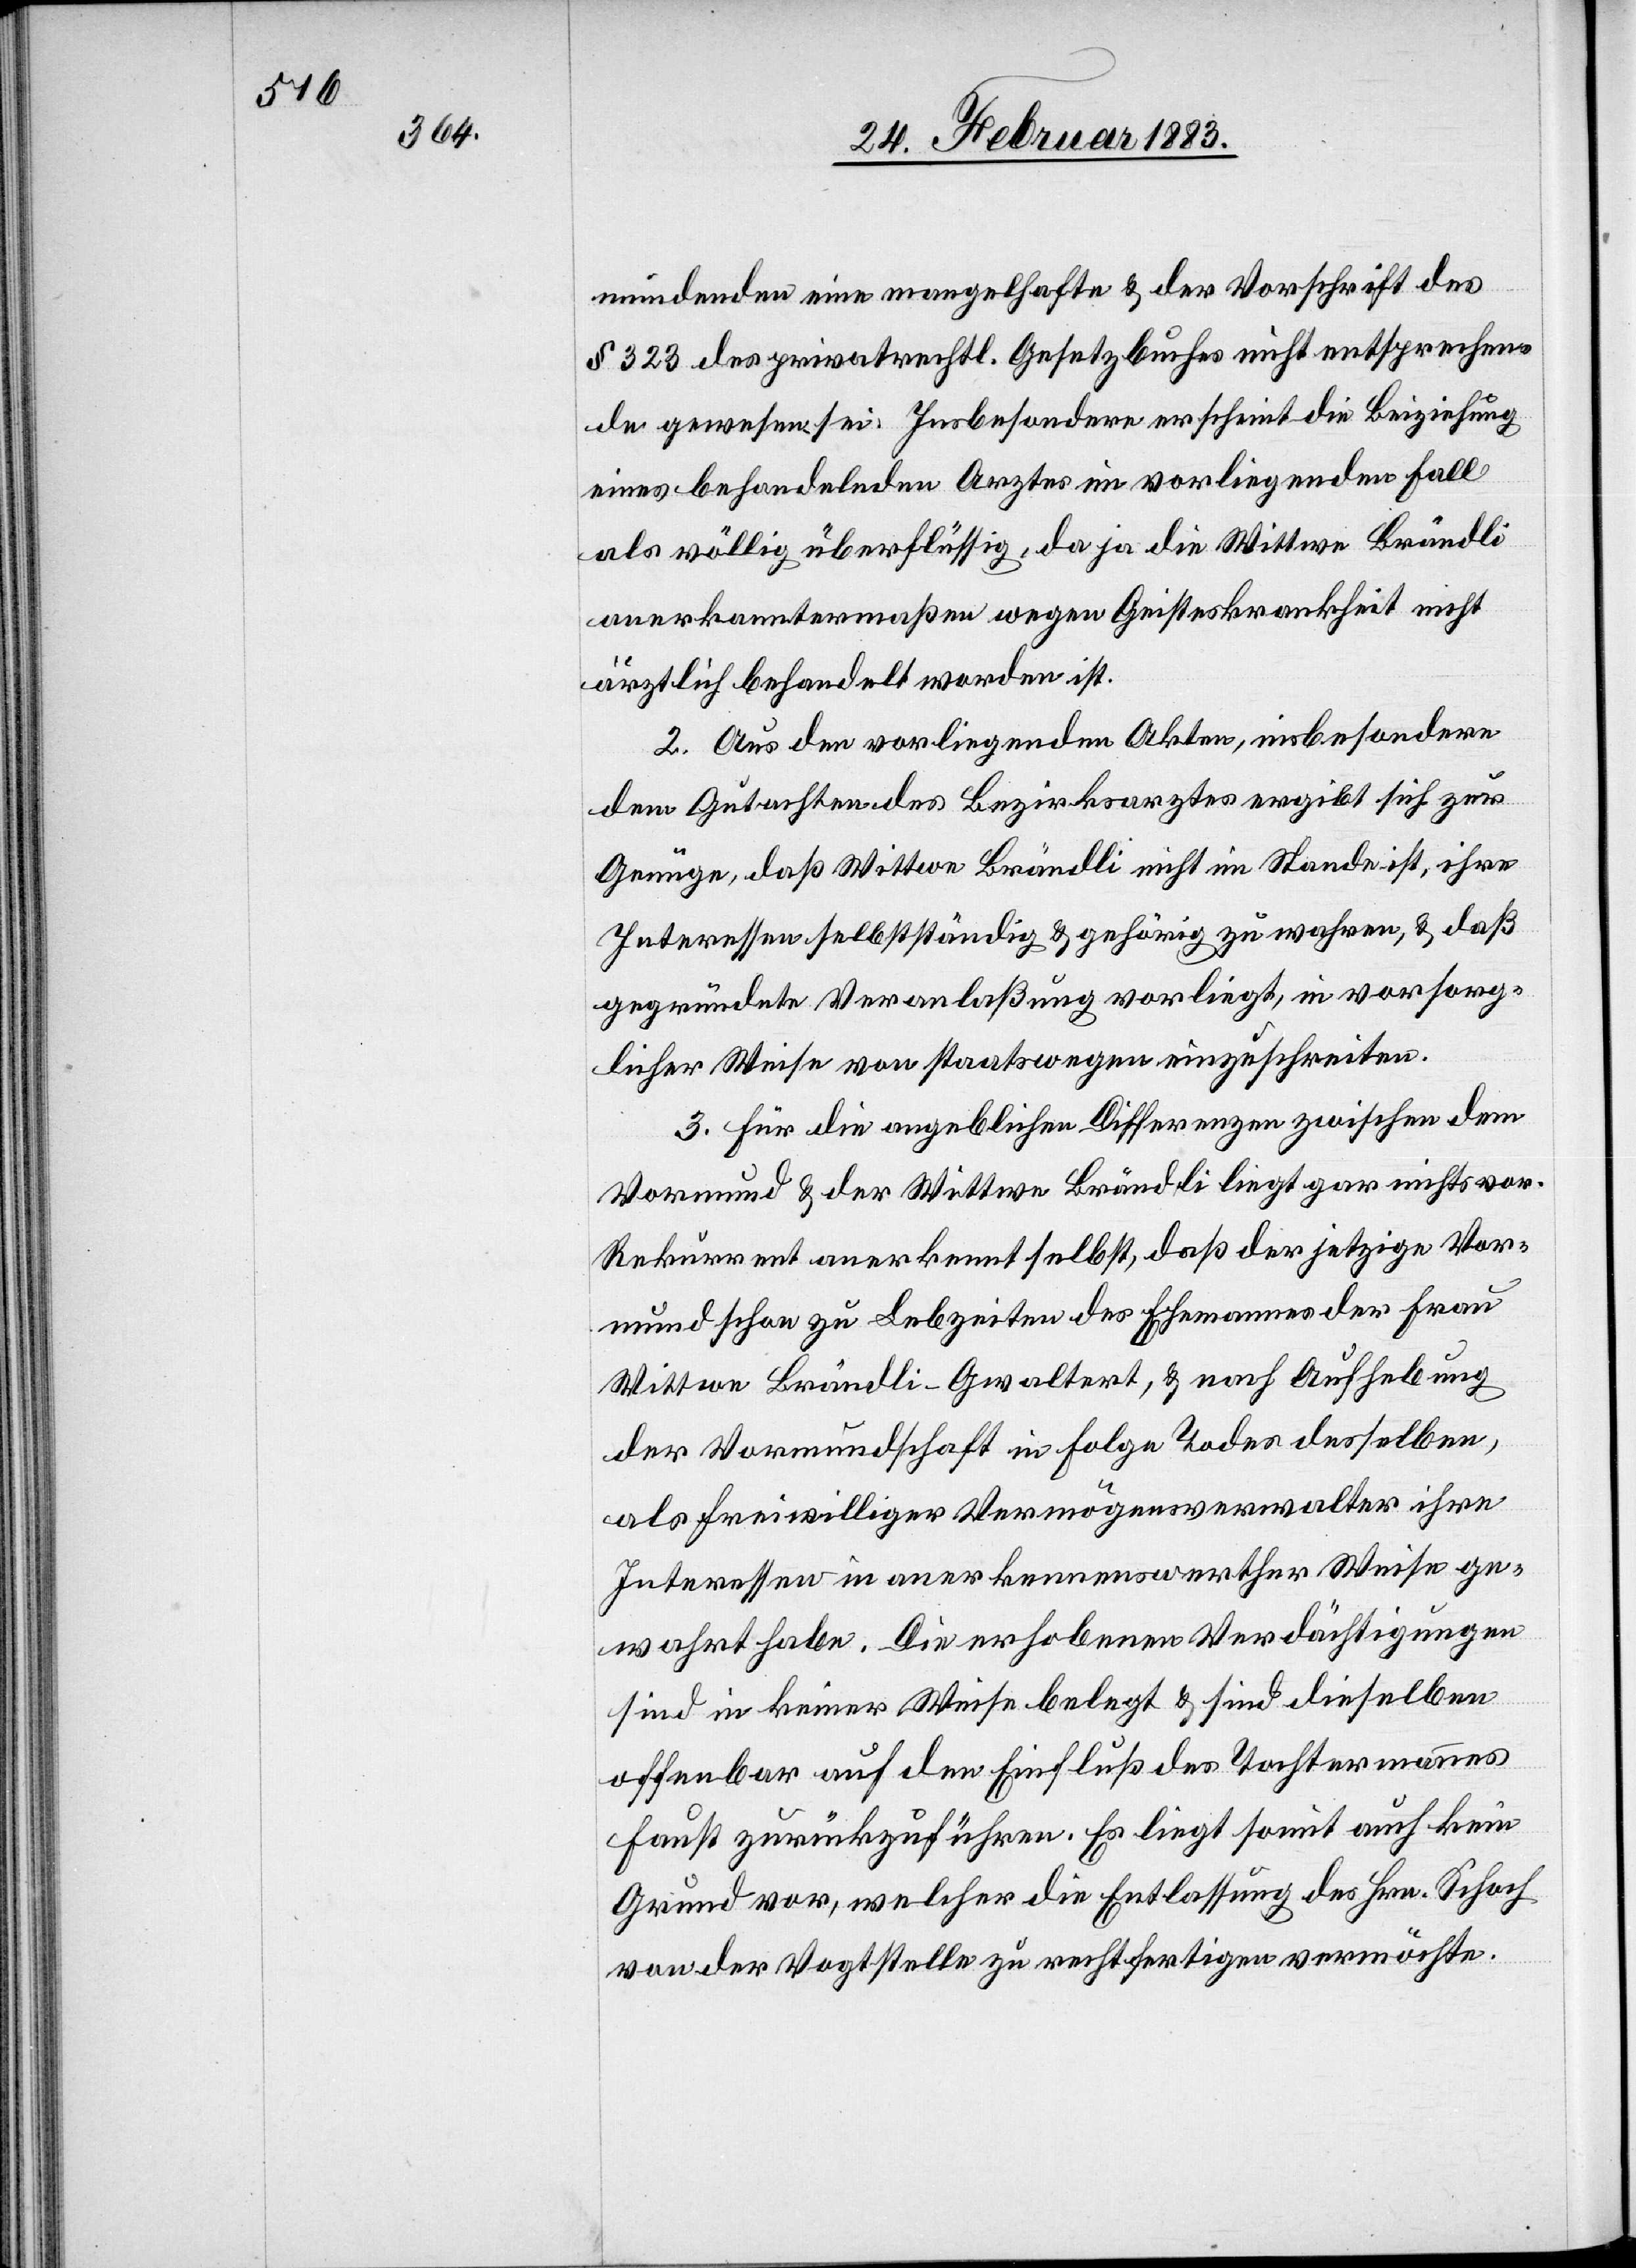
mundenden eine mangelhafte & der Vorschrift des
§ 323 des privatrechtl. Gesetzbuches nicht entsprechen¬
de gewesen sei. Insbesondere erscheint die Beiziehung
eines behandelnden Arztes im vorliegenden Fall
als völlig überflüssig, da ja die Wittwe Brändli
anerkanntermaßen wegen Geisteskrankheit nicht
ärztlich behandelt worden ist.
2. Aus den vorliegenden Akten, insbesondere
dem Gutachten des Bezirksarztes ergibt sich zur
Genüge, daß Wittwe Brändli nicht im Stande ist, ihre
Interessen selbstständig & gehörig zu wahren, & daß
gegründete Veranlaßung vorliegt, in vorsorg¬
licher Weise von staatswegen einzuschreiten.
3. Für die angeblichen Differenzen zwischen dem
Vormund & der Wittwe Brändli liegt gar nichts vor.
Rekurrent anerkennt selbst, daß der jetzige Vor¬
mund schon zu Lebzeiten des Ehemannes der Frau
Wittwe Brändli-Gwaltert, & nach Aufhebung
der Vormundschaft in Folge Todes desselben,
als freiwilliger Vermögensverwalter ihre
Interessen in anerkennenswerther Weise ge¬
wahrt habe. Die erhobenen Verdächtigungen
sind in keiner Weise belegt & sind dieselben
offenbar auf den Einfluß des Tochtermannes
Faust zurückzuführen. Es liegt somit auch kein
Grund vor, welcher die Entlassung des Hrn. Schoch
von der Vogtstelle zu rechtfertigen vermöchte.